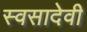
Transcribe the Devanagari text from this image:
स्वसादेवी